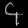
Digit: ၄